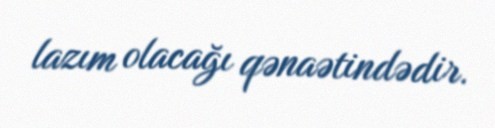
lazım olacağı qənaətindədir.